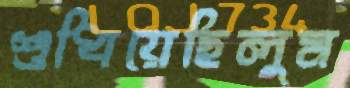
শুধিয়েছিলুম